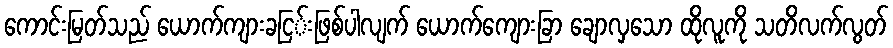
ကောင်းမြတ်သည် ယောက်ကျားခငြ်းဖြစ်ပါလျက် ယောက်ကျေားခြာ ချောလှသော ထိုလူကို သတိလက်လွတ်